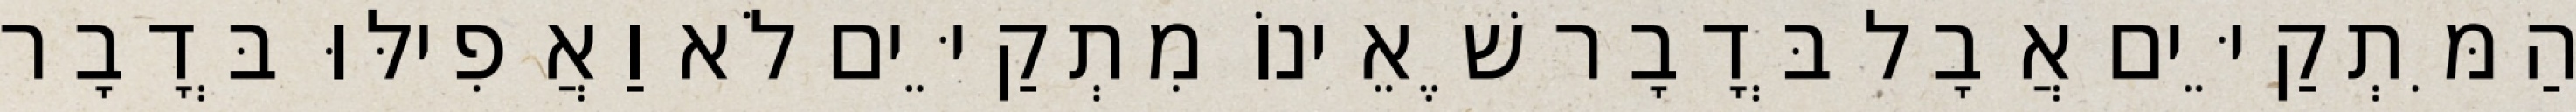
הַמִּתְקַיֵּים אֲבָל בְּדָבָר שֶׁאֵינוֹ מִתְקַיֵּים לֹא וַאֲפִילּוּ בְּדָבָר